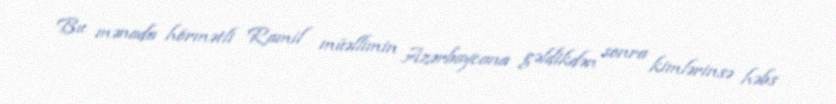
Bu mənada hörmətli Ramil müəllimin Azərbaycana gəldikdən sonra kimlərinsə həbs